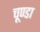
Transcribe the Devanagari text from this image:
चूण्डा